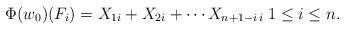
LaTeX: \begin{align*}\Phi(w_{0})(F_{i})= X_{1i}+X_{2i}+\cdots X_{n+1-i\,i}\;1\leq i\leq n.\end{align*}